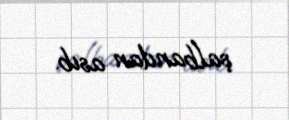
şalbandan asıb.